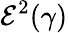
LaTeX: \mathcal{E}^{2}(\gamma)